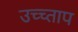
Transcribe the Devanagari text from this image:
उच्च्ताप